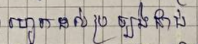
រហូតដល់ប្រឡងជាប់